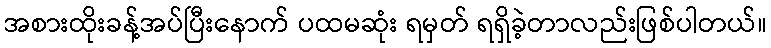
အစားထိုးခန့်အပ်ပြီးနောက် ပထမဆုံး ရမှတ် ရရှိခဲ့တာလည်းဖြစ်ပါတယ်။